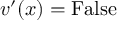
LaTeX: v ^ { \prime } ( x ) = { \mathrm { F a l s e } }